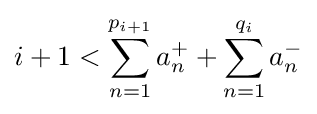
i+1<\sum _{n=1}^{p_{i+1}}a_{n}^{+}+\sum _{n=1}^{q_{i}}a_{n}^{-}